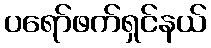
ပရော်ဖက်ရှင်နယ်